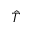
\hat { T }